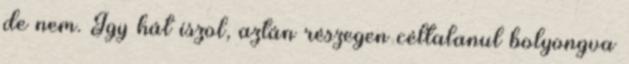
de nem. Így hát iszol, aztán részegen céltalanul bolyongva